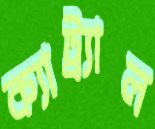
ক্যাট্র্যাল